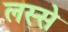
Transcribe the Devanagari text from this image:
लस्से